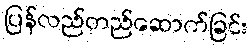
ပြန်လည်တည်ဆောက်ခြင်း